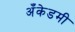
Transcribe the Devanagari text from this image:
अँकेडमी